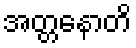
အတ္တနောတိ